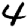
Digit: 4